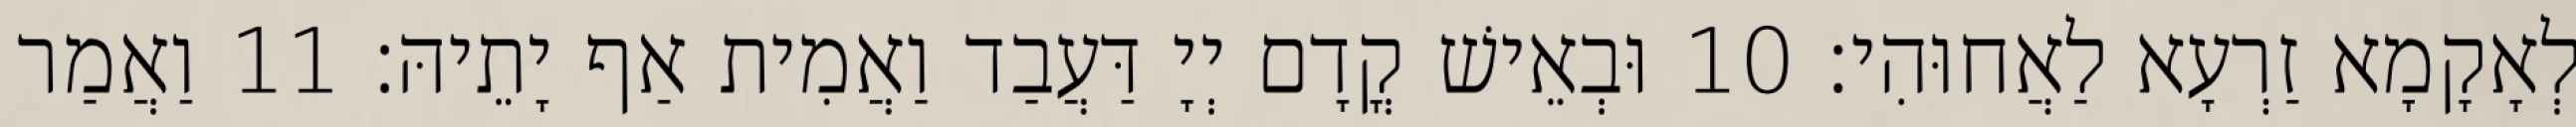
לְאָקָמָא זַרְעָא לַאֲחוּהִי׃ 10 וּבְאֵישׁ קֳדָם יְיָ דַּעֲבַד וַאֲמִית אַף יָתֵיהּ׃ 11 וַאֲמַר